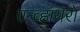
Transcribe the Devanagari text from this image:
एन्व्हायरो